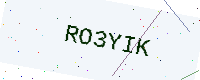
Text: RO3YIK